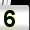
Digit: 5